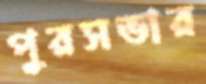
পুরসভার